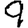
Digit: 9